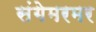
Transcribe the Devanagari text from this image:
संगेमरमर